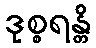
ဒုစ္စရန္တိ